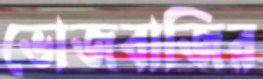
ভোজবাজির